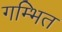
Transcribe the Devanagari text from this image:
गम्भित